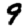
Digit: 9